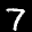
Label: 7